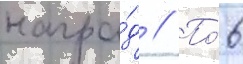
награ́д // По́ 6